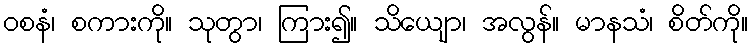
ဝစနံ၊ စကားကို။ သုတွာ၊ ကြား၍။ သိယျော၊ အလွန်။ မာနသံ၊ စိတ်ကို။